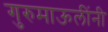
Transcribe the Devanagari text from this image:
गुरुमाऊलींनी